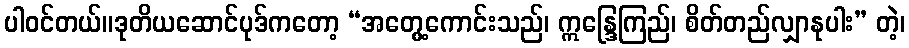
ပါဝင်တယ်။ဒုတိယဆောင်ပုဒ်ကတော့ “အတွေ့ကောင်းသည်၊ ဣန္ဒြေကြည်၊ စိတ်တည်လျှာနုပါး” တဲ့၊